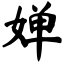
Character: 婵